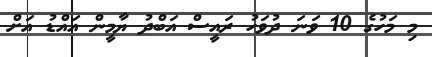
މި މަހުގެ 10 ވަނަ ދުވަހު ރައީސް އަބްދު ޔާމީން އައްޑު އަށް